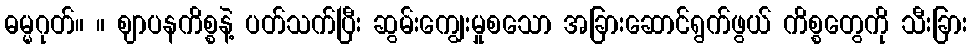
ဓမ္မဂုတ်။ ။ ဈာပနကိစ္စနဲ့ ပတ်သက်ပြီး ဆွမ်းကျွေးမှုစသော အခြားဆောင်ရွက်ဖွယ် ကိစ္စတွေကို သီးခြား